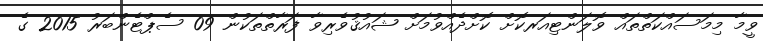
ވީމާ މިމަސައްކަތްތައް ވޮލަންޓިއަރކޮށް ކޮށްދެއްވުމަށް ޝައުޤުވެރިވާ ފަރާތްތަކުން 09 ސެޕްޓެންބަރު 2015 ގެ